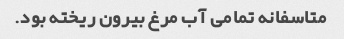
متاسفانه تمامی آب مرغ بیرون ریخته بود.